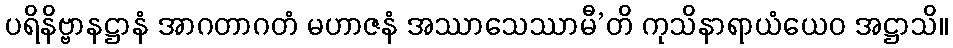
ပရိနိဗ္ဗာနဋ္ဌာနံ အာဂတာဂတံ မဟာဇနံ အဿာသေဿာမီ’တိ ကုသိနာရာယံယေဝ အဋ္ဌာသိ။